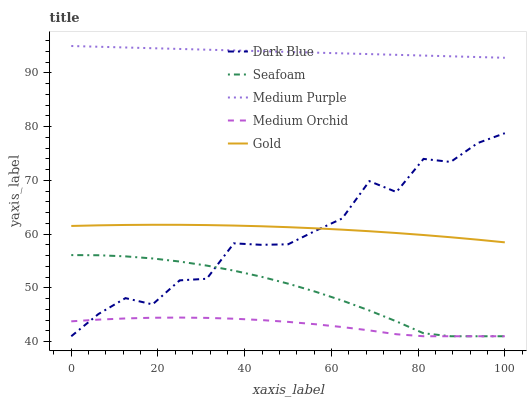
| xaxis_label | Dark Blue | Seafoam | Medium Purple | Medium Orchid | Gold |
 | --- | --- | --- | --- | --- | --- |
 | 0 | 41 | 56.1 | 95 | 43.8 | 61.5 |
 | 6.25 | 45.1 | 56.1 | 94.9 | 44.1 | 61.6 |
 | 12.5 | 48.1 | 55.9 | 94.7 | 44.3 | 61.7 |
 | 18.8 | 46.9 | 55.5 | 94.6 | 44.4 | 61.7 |
 | 25 | 51.4 | 54.9 | 94.5 | 44.5 | 61.7 |
 | 31.2 | 51.7 | 54.1 | 94.3 | 44.4 | 61.7 |
 | 37.5 | 58.3 | 53.2 | 94.2 | 44.3 | 61.6 |
 | 43.8 | 58 | 52.1 | 94 | 44 | 61.5 |
 | 50 | 58.1 | 50.8 | 93.9 | 43.7 | 61.3 |
 | 56.2 | 60.6 | 49.3 | 93.8 | 43.2 | 61.1 |
 | 62.5 | 62.9 | 47.6 | 93.6 | 42.7 | 60.8 |
 | 68.8 | 69.9 | 45.8 | 93.5 | 42.1 | 60.5 |
 | 75 | 67.8 | 43.8 | 93.4 | 41.4 | 60.2 |
 | 81.2 | 74 | 41.6 | 93.2 | 41 | 59.8 |
 | 87.5 | 73.4 | 41 | 93.1 | 41 | 59.4 |
 | 93.8 | 76.9 | 41 | 92.9 | 41 | 59 |
 | 100 | 78.8 | 41 | 92.8 | 41 | 58.5 |